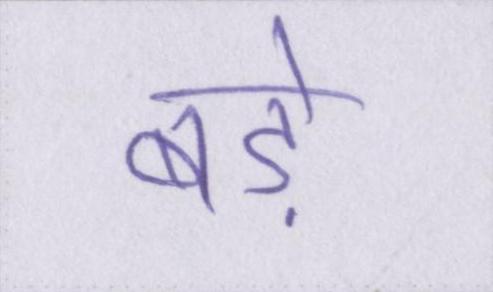
बडे़